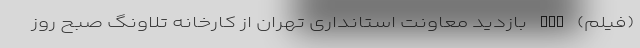
(فیلم) nan بازدید معاونت استانداری تهران از کارخانه تلاونگ صبح روز